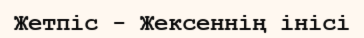
Жетпіс - Жексеннің інісі